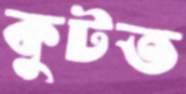
কুটত